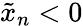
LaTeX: \tilde{x}_{n}<0